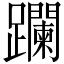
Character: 躝